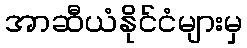
အာဆီယံနိုင်ငံများမှ